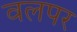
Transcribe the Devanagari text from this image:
वलपर